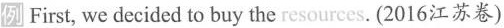
例First, we decided to buy the resources.(2016江苏卷)